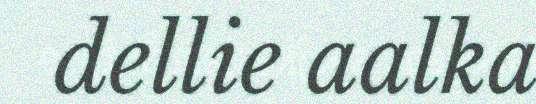
dellie aalka